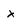
Character: x